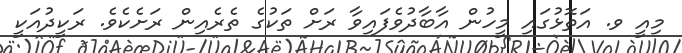
މިއީ ވ. އަތޮޅުގައި މީހުން އާބާދުވެފައިވާ ރަށް ތަކުގެ ތެރެއިން ރަށެކެވެ. ރަކީދުއަކީ